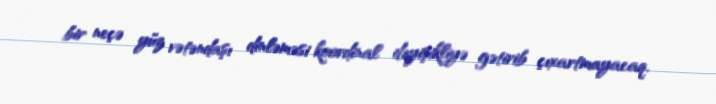
bir neçə yüz vətəndaşı dinləməsi koordinal dəyişikliyə gətirib çıxartmayacaq.